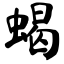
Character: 蝎